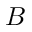
B